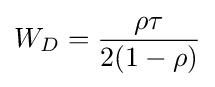
{W_{D}}={\frac {\rho \tau }{2(1-\rho )}}